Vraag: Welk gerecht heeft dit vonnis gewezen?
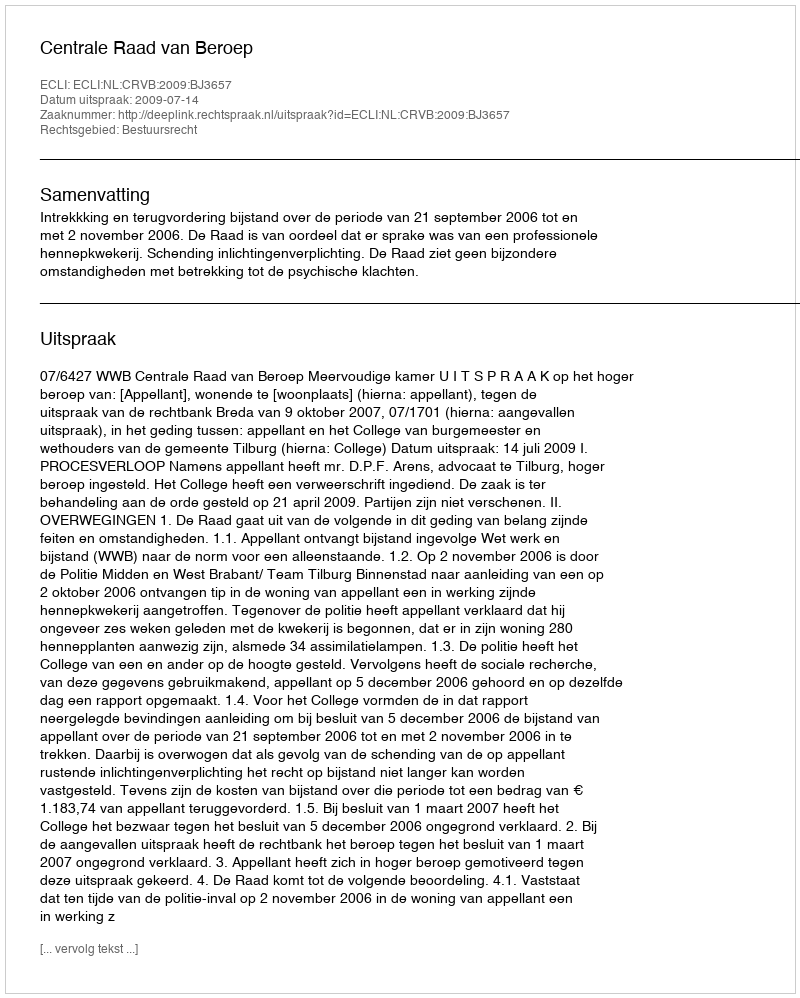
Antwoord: Centrale Raad van Beroep